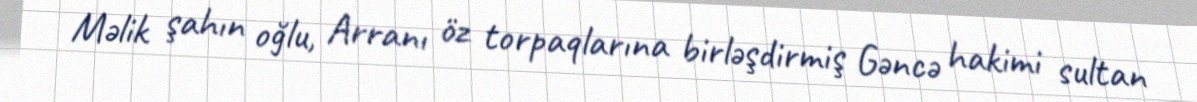
Məlik şahın oğlu, Arranı öz torpaqlarına birləşdirmiş Gəncə hakimi sultan